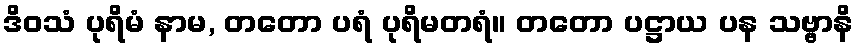
ဒိဝသံ ပုရိမံ နာမ, တတော ပရံ ပုရိမတရံ။ တတော ပဋ္ဌာယ ပန သဗ္ဗာနိ